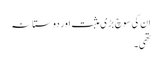
ان کی سوچ بڑی مثبت اور دوستانہ
تھی۔